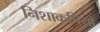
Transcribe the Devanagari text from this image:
निशाकपियों